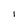
Character: I